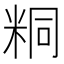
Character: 粡